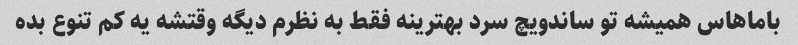
باماهاس همیشه تو ساندویچ سرد بهترینه فقط به نظرم دیگه وقتشه یه کم تنوع بده